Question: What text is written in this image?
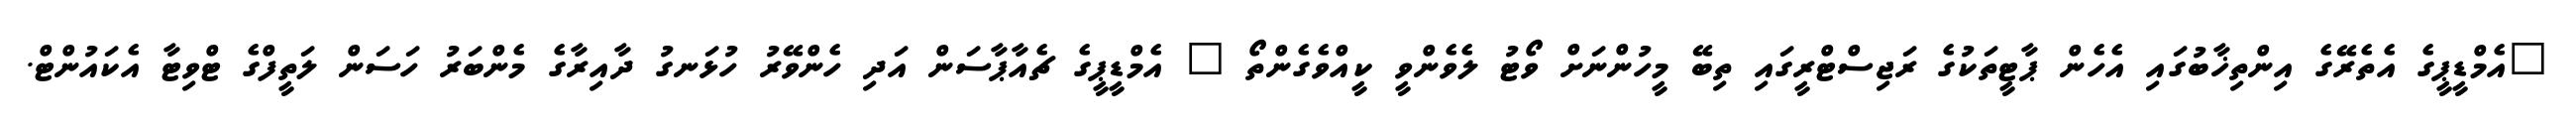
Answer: "އެމްޑީޕީގެ އެތެރޭގެ އިންތިޚާބުގައި އެހެން ޕާޓީތަކުގެ ރަޖިސްޓްރީގައި ތިބޭ މީހުންނަށް ވޯޓު ލެވެންވީ ކީއްވެގެންތޯ " އެމްޑީޕީގެ ޗެއާޕާސަން އަދި ހެންވޭރު ހުޅަނގު ދާއިރާގެ މެންބަރު ހަސަން ލަތީފްގެ ޓްވިޓާ އެކައުންޓް.